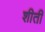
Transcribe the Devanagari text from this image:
शीती